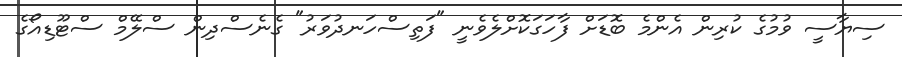
ސިޔާސީ ވުމުގެ ކުރިން އެންމެ ބޮޑަށް ފާހަގަކޮށްލެވެނީ "ފަތިސްހަނދުވަރު" ގެނެސްދިން ސްލޭމް ސްޓޫޑިއޯގެ